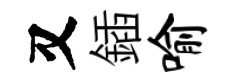
又鍤喻